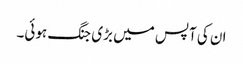
ان کی آپس میں بڑی جنگ ہوئی۔